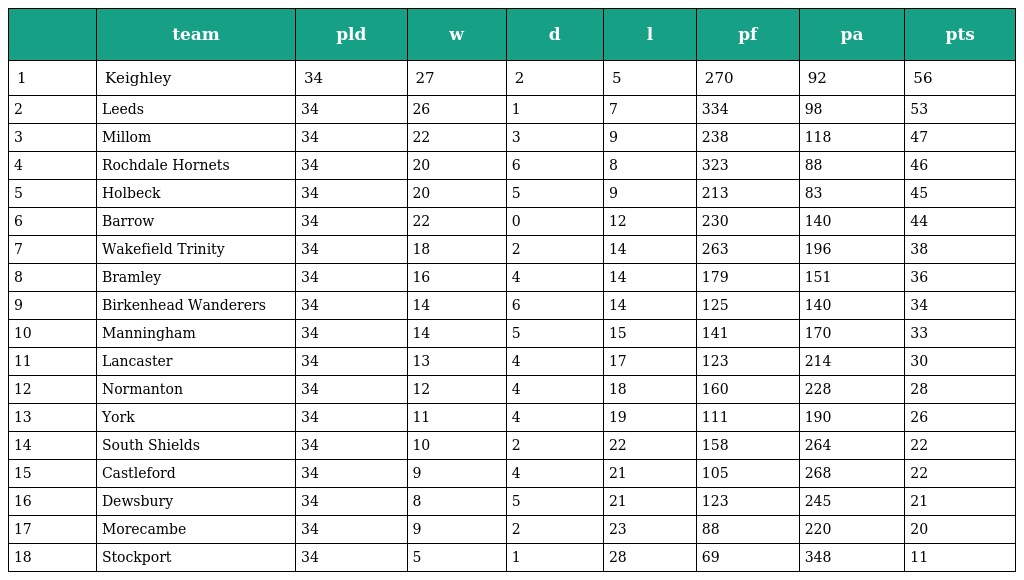
|  | team | pld | w | d | l | pf | pa | pts |
 | --- | --- | --- | --- | --- | --- | --- | --- | --- |
 | 1 | Keighley | 34 | 27 | 2 | 5 | 270 | 92 | 56 |
 | 2 | Leeds | 34 | 26 | 1 | 7 | 334 | 98 | 53 |
 | 3 | Millom | 34 | 22 | 3 | 9 | 238 | 118 | 47 |
 | 4 | Rochdale Hornets | 34 | 20 | 6 | 8 | 323 | 88 | 46 |
 | 5 | Holbeck | 34 | 20 | 5 | 9 | 213 | 83 | 45 |
 | 6 | Barrow | 34 | 22 | 0 | 12 | 230 | 140 | 44 |
 | 7 | Wakefield Trinity | 34 | 18 | 2 | 14 | 263 | 196 | 38 |
 | 8 | Bramley | 34 | 16 | 4 | 14 | 179 | 151 | 36 |
 | 9 | Birkenhead Wanderers | 34 | 14 | 6 | 14 | 125 | 140 | 34 |
 | 10 | Manningham | 34 | 14 | 5 | 15 | 141 | 170 | 33 |
 | 11 | Lancaster | 34 | 13 | 4 | 17 | 123 | 214 | 30 |
 | 12 | Normanton | 34 | 12 | 4 | 18 | 160 | 228 | 28 |
 | 13 | York | 34 | 11 | 4 | 19 | 111 | 190 | 26 |
 | 14 | South Shields | 34 | 10 | 2 | 22 | 158 | 264 | 22 |
 | 15 | Castleford | 34 | 9 | 4 | 21 | 105 | 268 | 22 |
 | 16 | Dewsbury | 34 | 8 | 5 | 21 | 123 | 245 | 21 |
 | 17 | Morecambe | 34 | 9 | 2 | 23 | 88 | 220 | 20 |
 | 18 | Stockport | 34 | 5 | 1 | 28 | 69 | 348 | 11 |